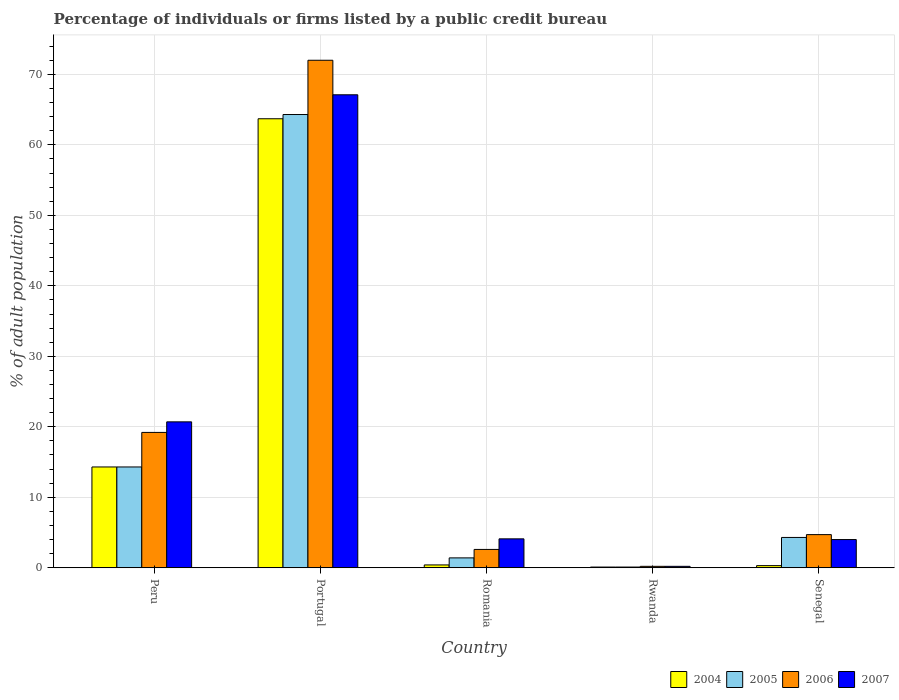
| Country | 2004 | 2005 | 2006 | 2007 |
 | --- | --- | --- | --- | --- |
 | Peru | 14.3 | 14.3 | 19.2 | 20.7 |
 | Portugal | 63.7 | 64.3 | 72 | 67.1 |
 | Romania | 0.4 | 1.4 | 2.6 | 4.1 |
 | Rwanda | 0.1 | 0.1 | 0.2 | 0.2 |
 | Senegal | 0.3 | 4.3 | 4.7 | 4 |